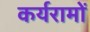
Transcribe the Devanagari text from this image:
कर्यरामों